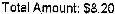
TOTAL AMOUNT: $8.20